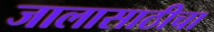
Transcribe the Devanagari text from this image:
जालासाठीचा